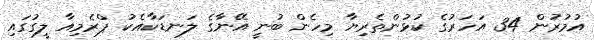
އުމުރުން 34 އަހަރުގެ ކުޅުންތެރިޔާ މިހެން ބުނީ އޭނާގެ ލަނޑަކާއެކު ޕްރެމިއާ ލީގުގައި